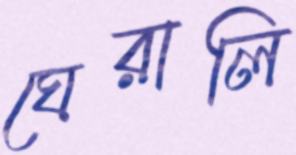
ঘেরালি